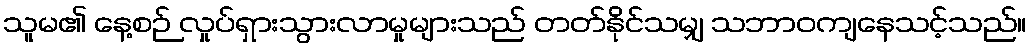
သူမ၏ နေ့စဉ် လှုပ်ရှားသွားလာမှုများသည် တတ်နိုင်သမျှ သဘာဝကျနေသင့်သည်။